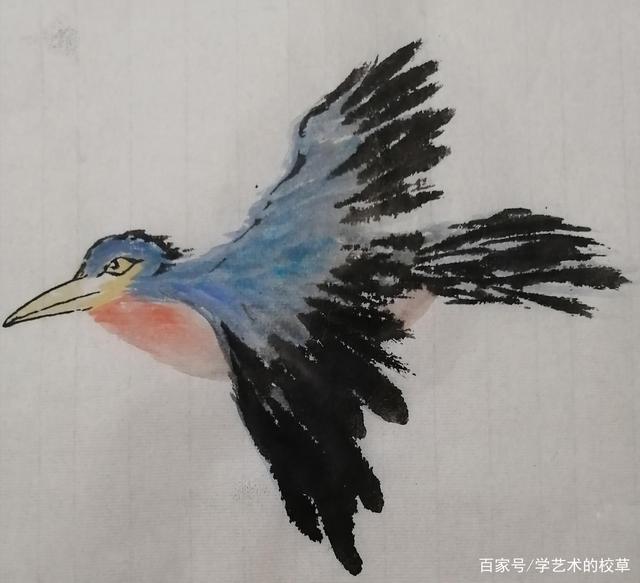
鸟飞千白点，日没半红轮。